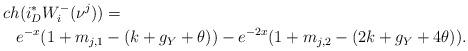
LaTeX: \begin{align*}ch(i^{*}_{D}W^{-}_{i}(\nu^{j}))&=\\e^{-x}(1+m_{j,1}&-(k+g_{Y}+\theta))-e^{-2x}(1+m_{j,2}-(2k+g_{Y}+4\theta)).\end{align*}